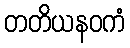
တတိယနဝကံ